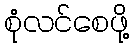
စုံလင်စေဖို့